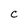
Character: C